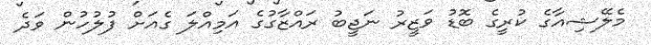
މެލޭޝިއާގެ ކުރީގެ ބޮޑު ވަޒީރު ނަޖީބު ރައްޒާގުގެ އަމިއްލަ ގެއަށް ފުލުހުން ވަދެ